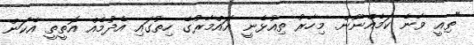
"ތިއީ ވާނެ ކަމެއްނޫން. މިހާރު ތިއުޅެނީ އައްމާރުގެ ހިތުގައި އެދުމެއް އޮތީތީ އެކަން